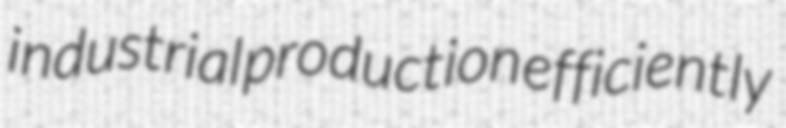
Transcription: industrial production efficiently